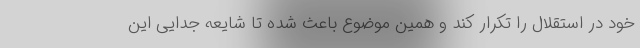
خود در استقلال را تکرار کند و همین موضوع باعث شده تا شایعه جدایی این